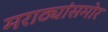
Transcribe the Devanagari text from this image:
मराठ्यांसमोर